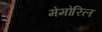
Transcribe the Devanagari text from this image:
मेमोरिल